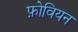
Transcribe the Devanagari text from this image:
फ़ोवियन